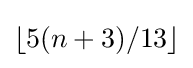
\textstyle \lfloor 5(n+3)/13\rfloor